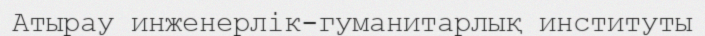
Атырау инженерлік-гуманитарлық институты